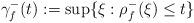
LaTeX: \begin{align*}\gamma _{f}^{-}(t):=\sup \{\xi :\rho _{f}^{-}(\xi )\leq t\} \end{align*}